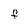
Character: F